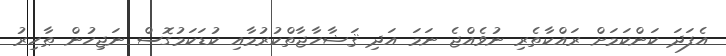
އެފަދަ ކަންކަމަށް ރައްކާތެރި ނުވެއްޖެ ނަމަ އަދި ޤަޟާހާޖާތްކުރުމާއި ކުޑަކަމުގޮސް ނަޖިހުން ޠާހިރު